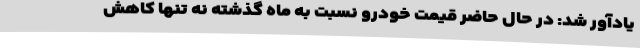
یادآور شد: در حال حاضر قیمت خودرو نسبت به ماه گذشته نه تنها کاهش